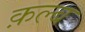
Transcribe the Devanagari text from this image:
क़ल्ब